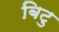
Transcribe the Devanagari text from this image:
बिटु